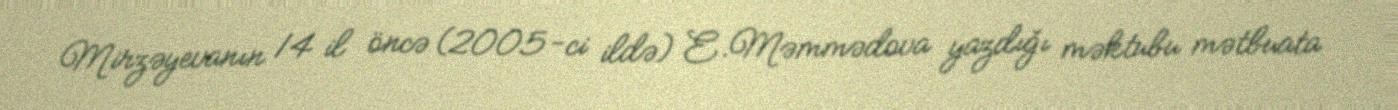
Mirzəyevanın 14 il öncə (2005-ci ildə) E.Məmmədova yazdığı məktubu mətbuata